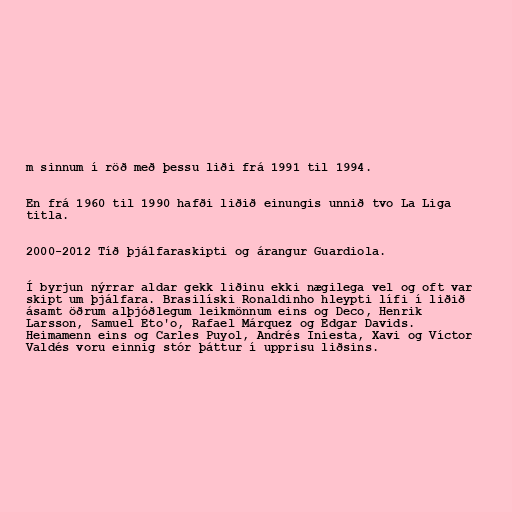
m sinnum í röð með þessu liði frá 1991 til 1994.

En frá 1960 til 1990 hafði liðið einungis unnið tvo La Liga
titla.

2000-2012 Tíð þjálfaraskipti og árangur Guardiola.

Í byrjun nýrrar aldar gekk liðinu ekki nægilega vel og oft var
skipt um þjálfara. Brasilíski Ronaldinho hleypti lífi í liðið
ásamt öðrum alþjóðlegum leikmönnum eins og Deco, Henrik
Larsson, Samuel Eto'o, Rafael Márquez og Edgar Davids.
Heimamenn eins og Carles Puyol, Andrés Iniesta, Xavi og Víctor
Valdés voru einnig stór þáttur í upprisu liðsins.